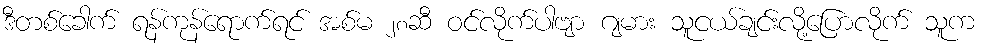
ဒီတစ်ခေါက် ရန်ကုန်ရောက်ရင် အစ်မ ၂၈ဆီ ဝင်လိုက်ပါဗျာ ဂျမား သူငယ်ချင်းလို့ပြောလိုက် သူက